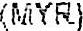
(MYR)